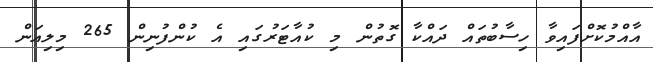
އާއްމުކޮށްފައިވާ ހިސާބުތައް ދައްކާ ގޮތުން މި ކުއާޓަރުގައި އެ ކުންފުނިން 265 މިލިއަން